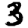
Digit: 3